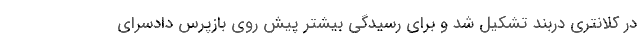
در کلانتری دربند تشکیل شد و برای رسیدگی بیشتر پیش روی بازپرس دادسرای